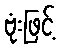
ဗုံးဖြင့်